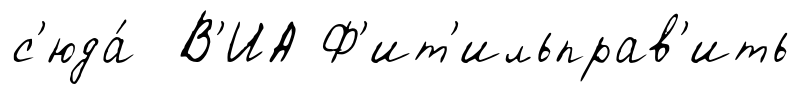
с'юда́ В'ИА Ф'ит'ильправ'ить